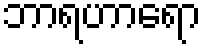
ဘာရဟာရော